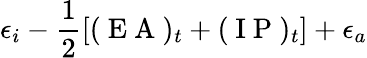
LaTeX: \epsilon_{i}-\frac{1}{2}[(\mathrm{~E~A~})_{t}+(\mathrm{~I~P~})_{t}]+\epsilon_{a}